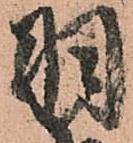
羽